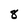
Character: 8